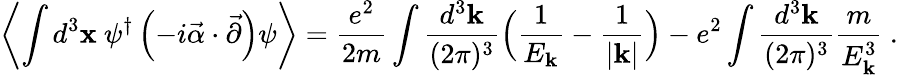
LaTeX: \left\langle\int d^{3}{\mathbf x}~\psi^{\dagger}\left(-i\vec{\alpha}\cdot\vec{\partial}\right)\psi\right\rangle=\frac{e^{2}}{2m}\int\frac{d^{3}{\mathbf k}}{(2\pi)^{3}}\Big(\frac{1}{E_{\mathbf k}}-\frac{1}{|{\mathbf k}|}\Big)-e^{2}\int\frac{d^{3}{\mathbf k}}{(2\pi)^{3}}\frac{m}{E_{\mathbf k}^{3}}\ .